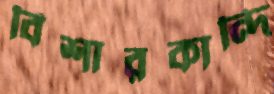
বিশারকান্দি